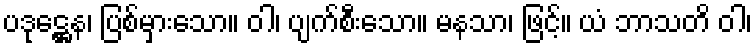
ပဒုဋ္ဌေန၊ ပြစ်မှားသော။ ဝါ၊ ပျက်စီးသော။ မနသာ၊ ဖြင့်။ ယံ ဘာသတိ ဝါ၊